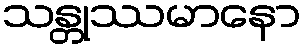
သန္တုဿမာနော